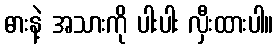
ဓားနဲ့ အသားကို ပါးပါး လှီးထားပါ။